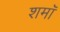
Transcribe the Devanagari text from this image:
शमॉ